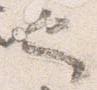
也